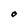
Character: O